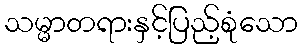
သမ္မာတရားနှင့်ပြည့်စုံသော